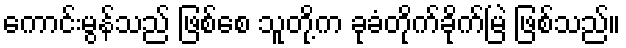
ကောင်းမွန်သည် ဖြစ်စေ သူတို့က ခုခံတိုက်ခိုက်မြဲ ဖြစ်သည်။